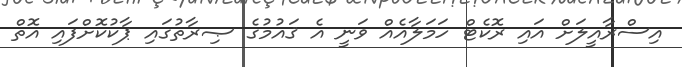
އިސްރާއީލަށް އައި ރޮކެޓް ހަމަލާއެއް ވަނީ އެ ޤައުމުގެ ޞިރާތުގައި ޕާކުކޮށްފައި އޮތް